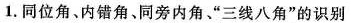
1.同位角、内错角、同旁内角”三线八角”的识别